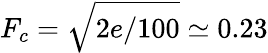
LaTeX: F_{c}=\sqrt{2e/100}\simeq 0.23